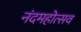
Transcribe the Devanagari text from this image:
नंदमहोत्सव